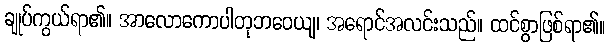
ချုပ်ကွယ်ရာ၏။ အာလောကောပါတုဘဝေယျ၊ အရောင်အလင်းသည်။ ထင်စွာဖြစ်ရာ၏။